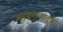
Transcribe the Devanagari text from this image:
अनुकूलनातून